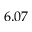
6 . 0 7